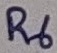
Text: R6